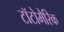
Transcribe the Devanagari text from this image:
टॉटोमैरिक